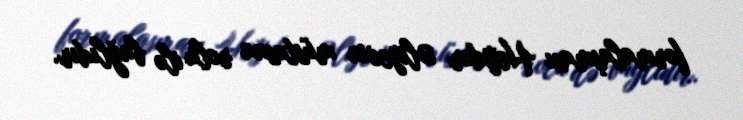
formalaşması Heydər Əliyevin müstəsna rolu ilə bağlıdır.